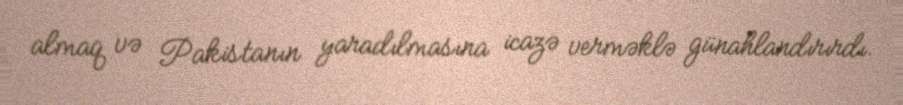
almaq və Pakistanın yaradılmasına icazə verməklə günahlandırırdı.